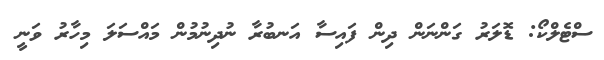
ސްޓެލްކޯ: ޑޮލަރު ގަންނަން ދިން ފައިސާ އަނބުރާ ނުދިނުމުން މައްސަލަ މިހާރު ވަނީ